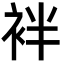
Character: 袢